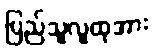
ပြည်သူလူထုအား